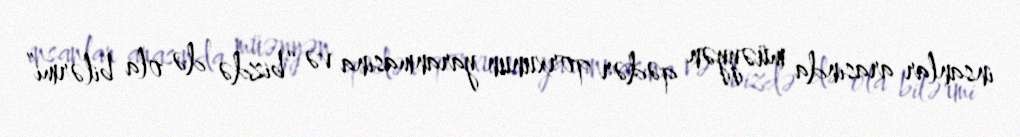
insanlar arasında müəyyən qədər qorxunun yaranmasına və “bizdə də ola bilərmi”